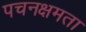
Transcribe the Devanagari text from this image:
पचनक्षमता